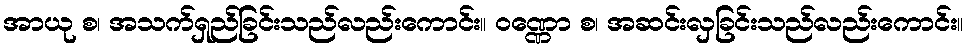
အာယု စ၊ အသက်ရှည်ခြင်းသည်လည်းကောင်း။ ဝဏ္ဏော စ၊ အဆင်းလှခြင်းသည်လည်းကောင်း။